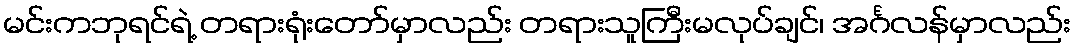
မင်းကဘုရင်ရဲ့ တရားရုံးတော်မှာလည်း တရားသူကြီးမလုပ်ချင်၊ အင်္ဂလန်မှာလည်း